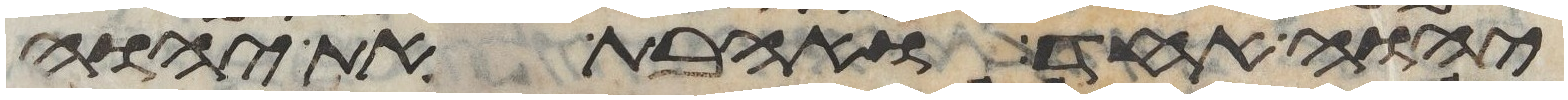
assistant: יהוה אחד ואהבת את יהוה